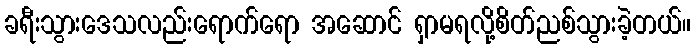
ခရီးသွားဒေသလည်းရောက်ရော အဆောင် ရှာမရလို့စိတ်ညစ်သွားခဲ့တယ်။